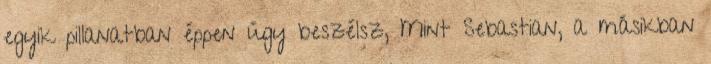
egyik pillanatban éppen úgy beszélsz, Mint Sebastian, a másikban